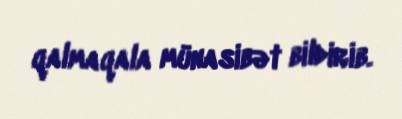
qalmaqala münasibət bildirib.